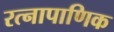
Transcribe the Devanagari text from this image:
रत्‍नापाणिक